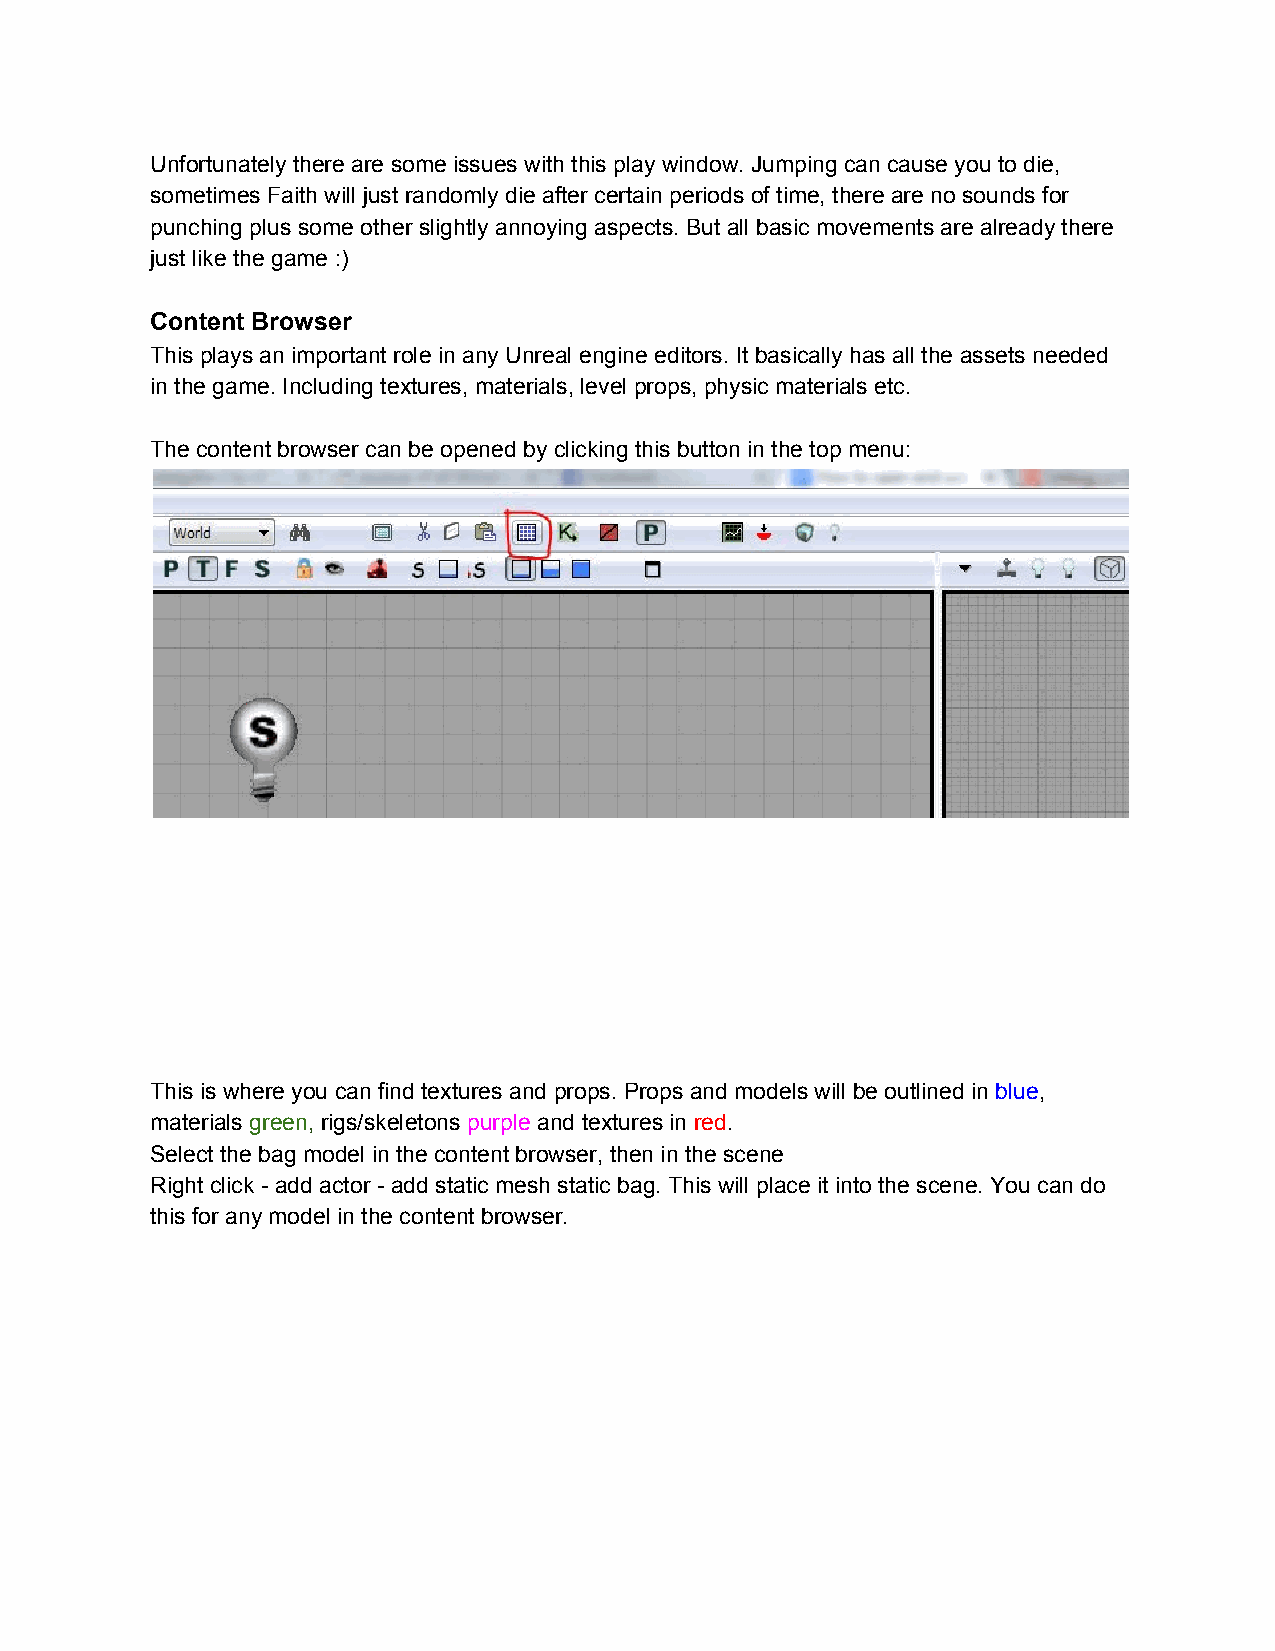
Unfortunately there are some issues with this play window. Jumping can cause you to die,
 sometimes Faith will just randomly die after certain periods of time, there are no sounds for
 punching plus some other slightly annoying aspects. But all basic movements are already there
 just like the game :)
 Content Browser
 This plays an important role in any Unreal engine editors. It basically has all the assets needed
 in the game. Including textures, materials, level props, physic materials etc.
 The content browser can be opened by clicking this button in the top menu:
 This is where you can find textures and props. Props and models will be outlined in blue,
 ​  ​
 materials green, rigs/skeletons purple and textures in red.
 ​  ​ ​        ​   ​          ​ ​
 Select the bag model in the content browser, then in the scene
 Right click - add actor - add static mesh static bag. This will place it into the scene. You can do
 this for any model in the content browser.